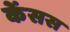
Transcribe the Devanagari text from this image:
केंसस